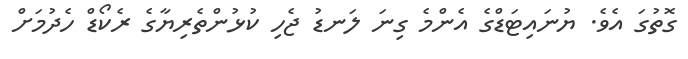
ގޮތުގަ އެވެ. ޔުނައިޓަޑްގެ އެންމެ ގިނަ ލަނޑު ޖެހި ކުޅުންތެރިޔާގެ ރެކޯޑް ހެދުމަށް